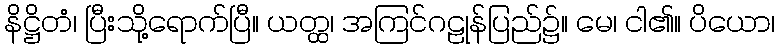
နိဋ္ဌိတံ၊ ပြီးသို့ရောက်ပြီ။ ယတ္ထ၊ အကြင်ဂဠုန်ပြည်၌။ မေ၊ ငါ၏။ ပိယော၊